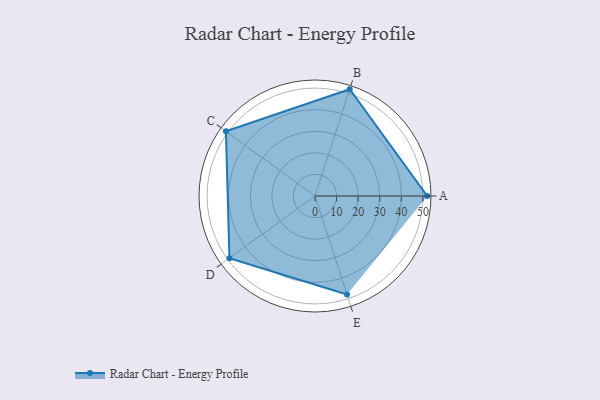
{"axis": {"x": "Skill", "y": "Score"}, "legend": ["Profile"], "data": [{"x": "A", "y": 52.0, "type": "Profile"}, {"x": "B", "y": 52.0, "type": "Profile"}, {"x": "C", "y": 51.0, "type": "Profile"}, {"x": "D", "y": 49.0, "type": "Profile"}, {"x": "E", "y": 48.0, "type": "Profile"}]}